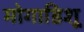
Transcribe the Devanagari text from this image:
मोगाडिशू